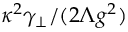
\kappa ^ { 2 } \gamma _ { \perp } / ( 2 \Lambda g ^ { 2 } )